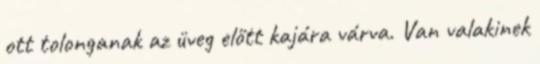
ott tolonganak az üveg előtt kajára várva. Van valakinek